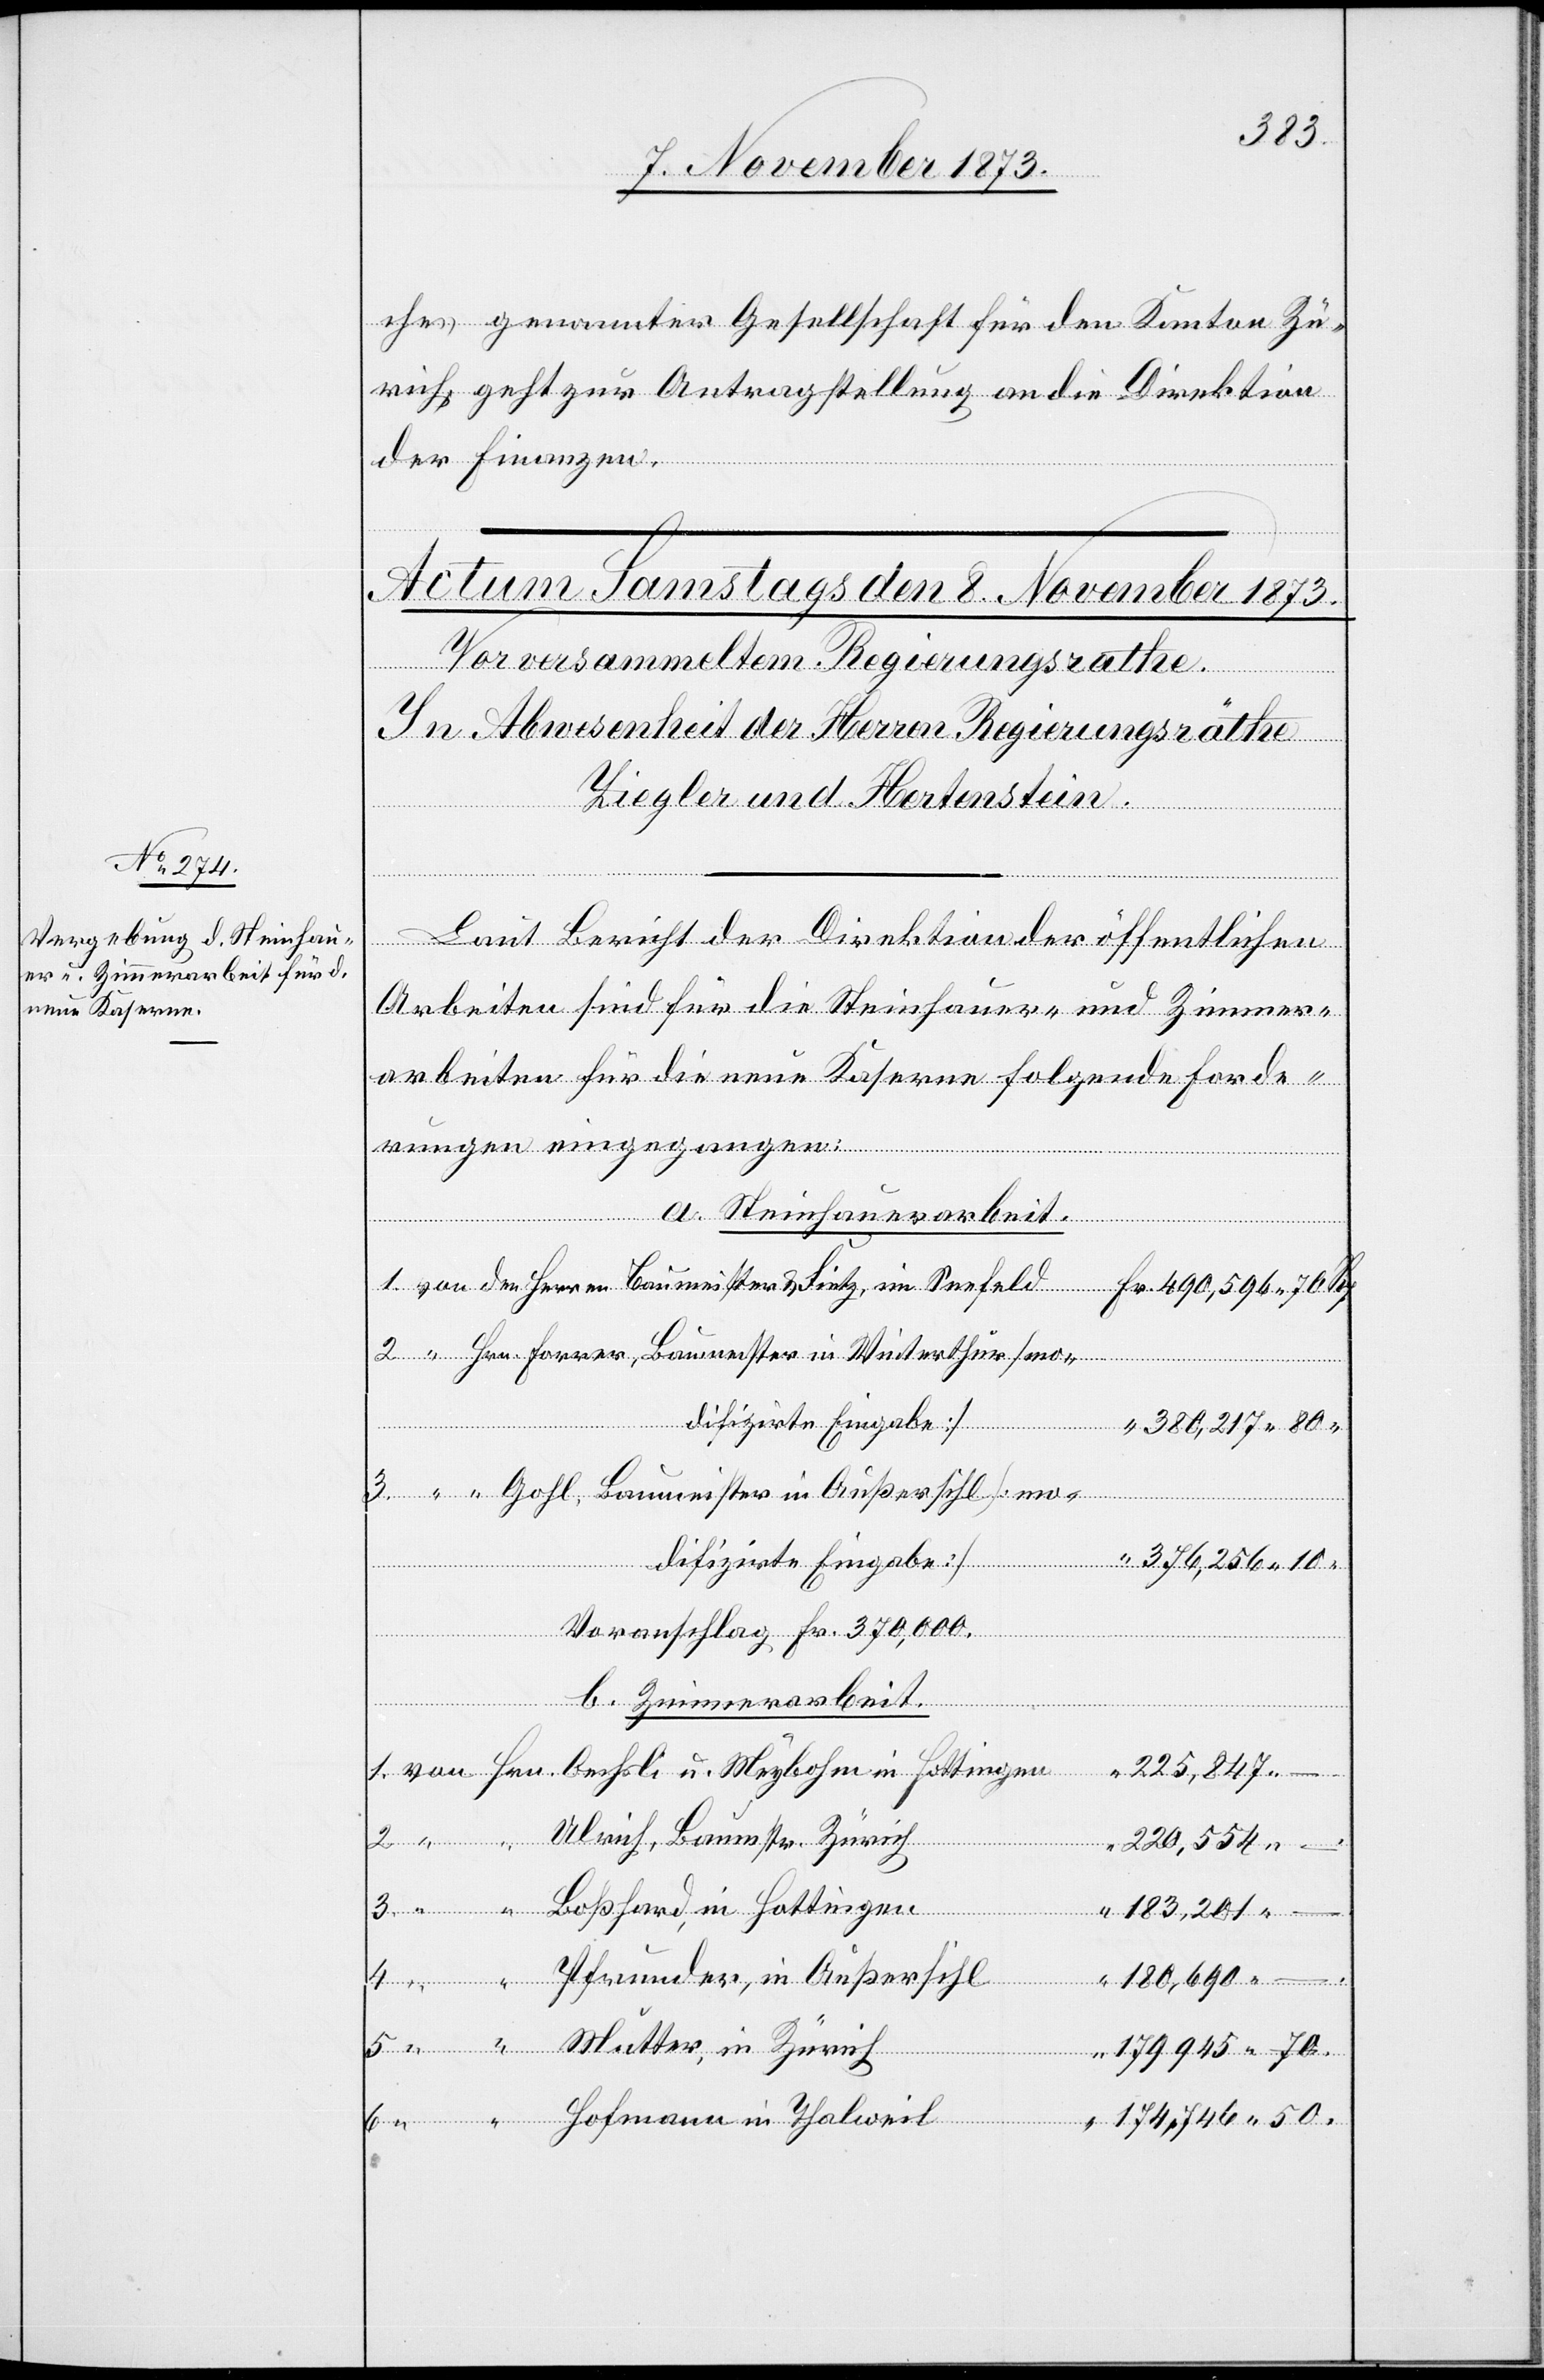
ches genannter Gesellschaft für den Kanton Zü¬
rich, geht zur Antragstellung an die Direktion
der Finanzen.
Laut Bericht der Direktion der öffentlichen
Arbeiten sind für die Steinhauer- und Zimmer¬
arbeiten für die neue Kaserne folgende Forde¬
rungen eingegangen:
a. Steinhauerarbeit.
Hrn. Forrer, Baumeister in Winterthur [mo¬
Hottin¬
gen
difizirte Eingabe]
380,217 80
“ Gohl, Baumeister in Außersihl [mo¬
u.
in
Voranschlag Fr. 370,000.
b. Zimmerarbeit.
225,847 –.
Ulrich, Baumstr. Zürich
220,554 –.
Boßhard, in Hottingen
183,201 –.
Pfrunder, in Außersihl
180,690 –.
Mutter, in Zürich
179 945 70.
Hofmann in Thalweil
174,746 50.